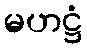
မဟဋ္ဌံ